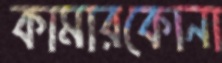
কামারকোনা